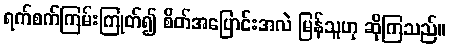
ရက်စက်ကြမ်းကြုတ်၍ စိတ်အပြောင်းအလဲ မြန်သူဟု ဆိုကြသည်။